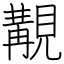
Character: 覯